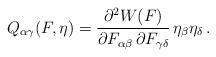
LaTeX: \begin{align*}Q_{\alpha\gamma}(F,\eta) = \frac{\partial^2 W(F)}{\partial F_{\alpha\beta}\, \partial F_{\gamma\delta}}\, \eta_\beta\eta_\delta\,.\end{align*}